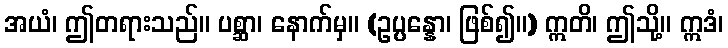
အယံ၊ ဤတရားသည်။ ပစ္ဆာ၊ နောက်မှ။ (ဥပ္ပန္နော၊ ဖြစ်၍။) ဣတိ၊ ဤသို့။ ဣဒံ၊